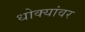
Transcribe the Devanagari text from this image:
धोक्यांवर